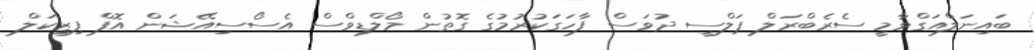
ބައިނަލްއަގްވާމީ ސެރެބްރަލް ޕަލްސީ ދުވަސް ފާހަގަކުރުމުގެ ގޮތުން މޯލްޑިވްސް އެސޯސިއޭޝަން އޮފް ފިޒިކަލް